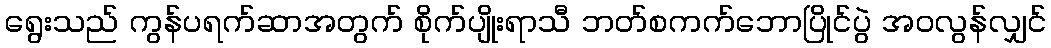
ရွေးသည် ကွန်ပရက်ဆာအတွက် စိုက်ပျိုးရာသီ ဘတ်စကက်ဘောပြိုင်ပွဲ အဝလွန်လျှင်